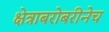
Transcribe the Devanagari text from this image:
क्षेत्राबरोबरीनेच